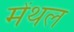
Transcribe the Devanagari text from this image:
मेंथल